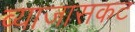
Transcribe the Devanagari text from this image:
व्याजासकट